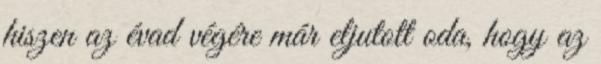
hiszen az évad végére már eljutott oda, hogy az